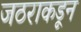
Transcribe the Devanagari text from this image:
जठराकडून